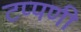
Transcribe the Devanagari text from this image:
टप्पणी